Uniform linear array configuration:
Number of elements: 48
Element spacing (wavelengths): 0.5
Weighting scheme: binomial
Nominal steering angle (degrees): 60
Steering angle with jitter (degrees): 58.518
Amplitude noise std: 0.05
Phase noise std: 0.05

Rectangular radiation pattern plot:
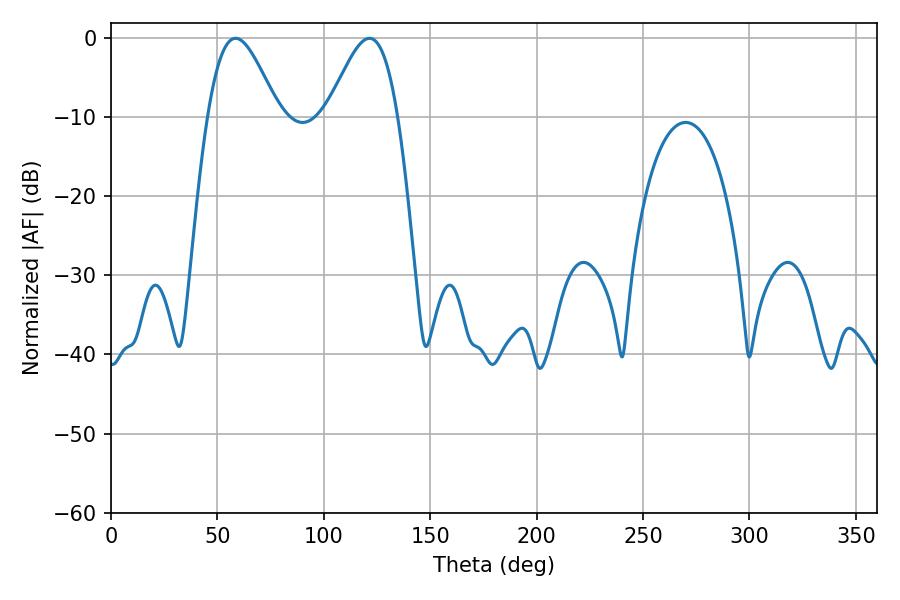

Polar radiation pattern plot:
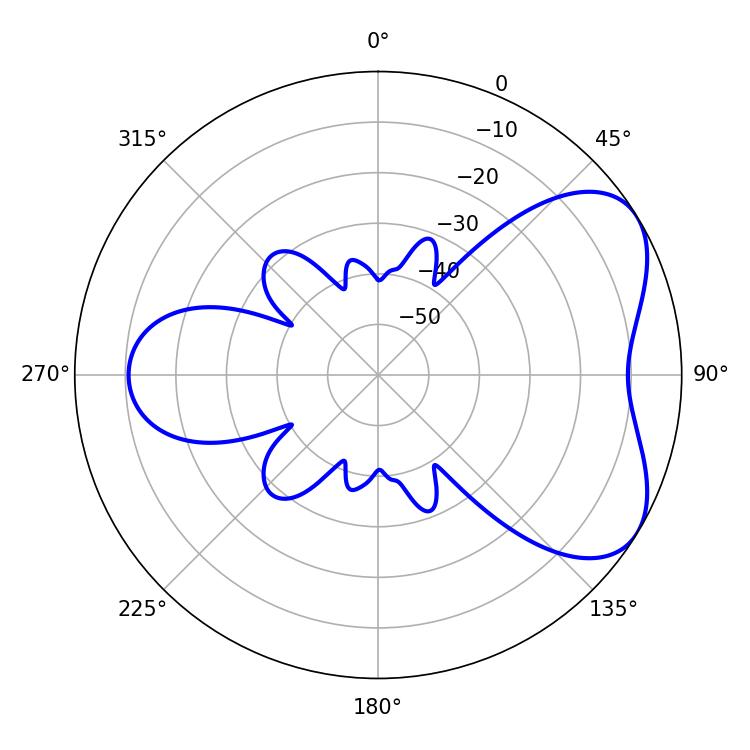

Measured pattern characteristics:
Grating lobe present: FALSE
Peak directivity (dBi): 5.381
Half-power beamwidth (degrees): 17.64
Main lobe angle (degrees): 58.5